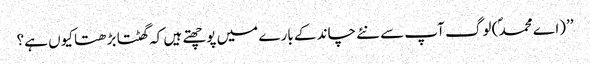
’’(اے محمد ؐ) لوگ آپ سے نئے چاند کے بارے میں پوچھتے ہیں کہ گھٹتا بڑھتا کیوں ہے؟